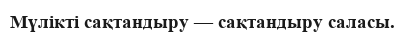
Мүлікті сақтандыру — сақтандыру саласы.